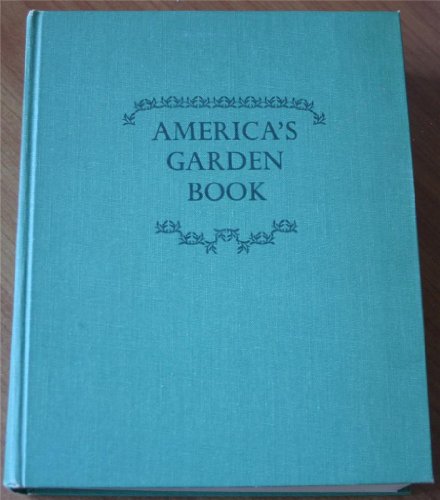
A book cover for America's Garden Book; James and Louise Bush-Brown; Crafts, Hobbies & Home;